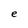
Character: e